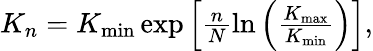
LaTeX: \begin{array}{r}{K_{n}=K_{\mathrm{min}}\exp\left[\frac{n}{N}\ln\left(\frac{K_{\mathrm{max}}}{K_{\mathrm{min}}}\right)\right],}\end{array}